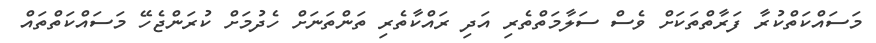
މަސައްކަތްކުރާ ފަރާތްތަކަށް ވެސް ސަލާމަތްތެރި އަދި ރައްކާތެރި ތަންތަނަށް ހެދުމަށް ކުރަންޖެހޭ މަސައްކަތްތައް